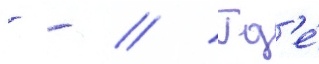
- - // Гд'е́